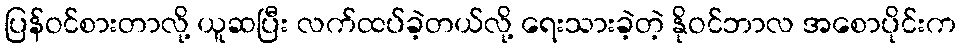
ပြန်ဝင်စားတာလို့ ယူဆပြီး လက်ထပ်ခဲ့တယ်လို့ ရေးသားခဲ့တဲ့ နိုဝင်ဘာလ အစောပိုင်းက